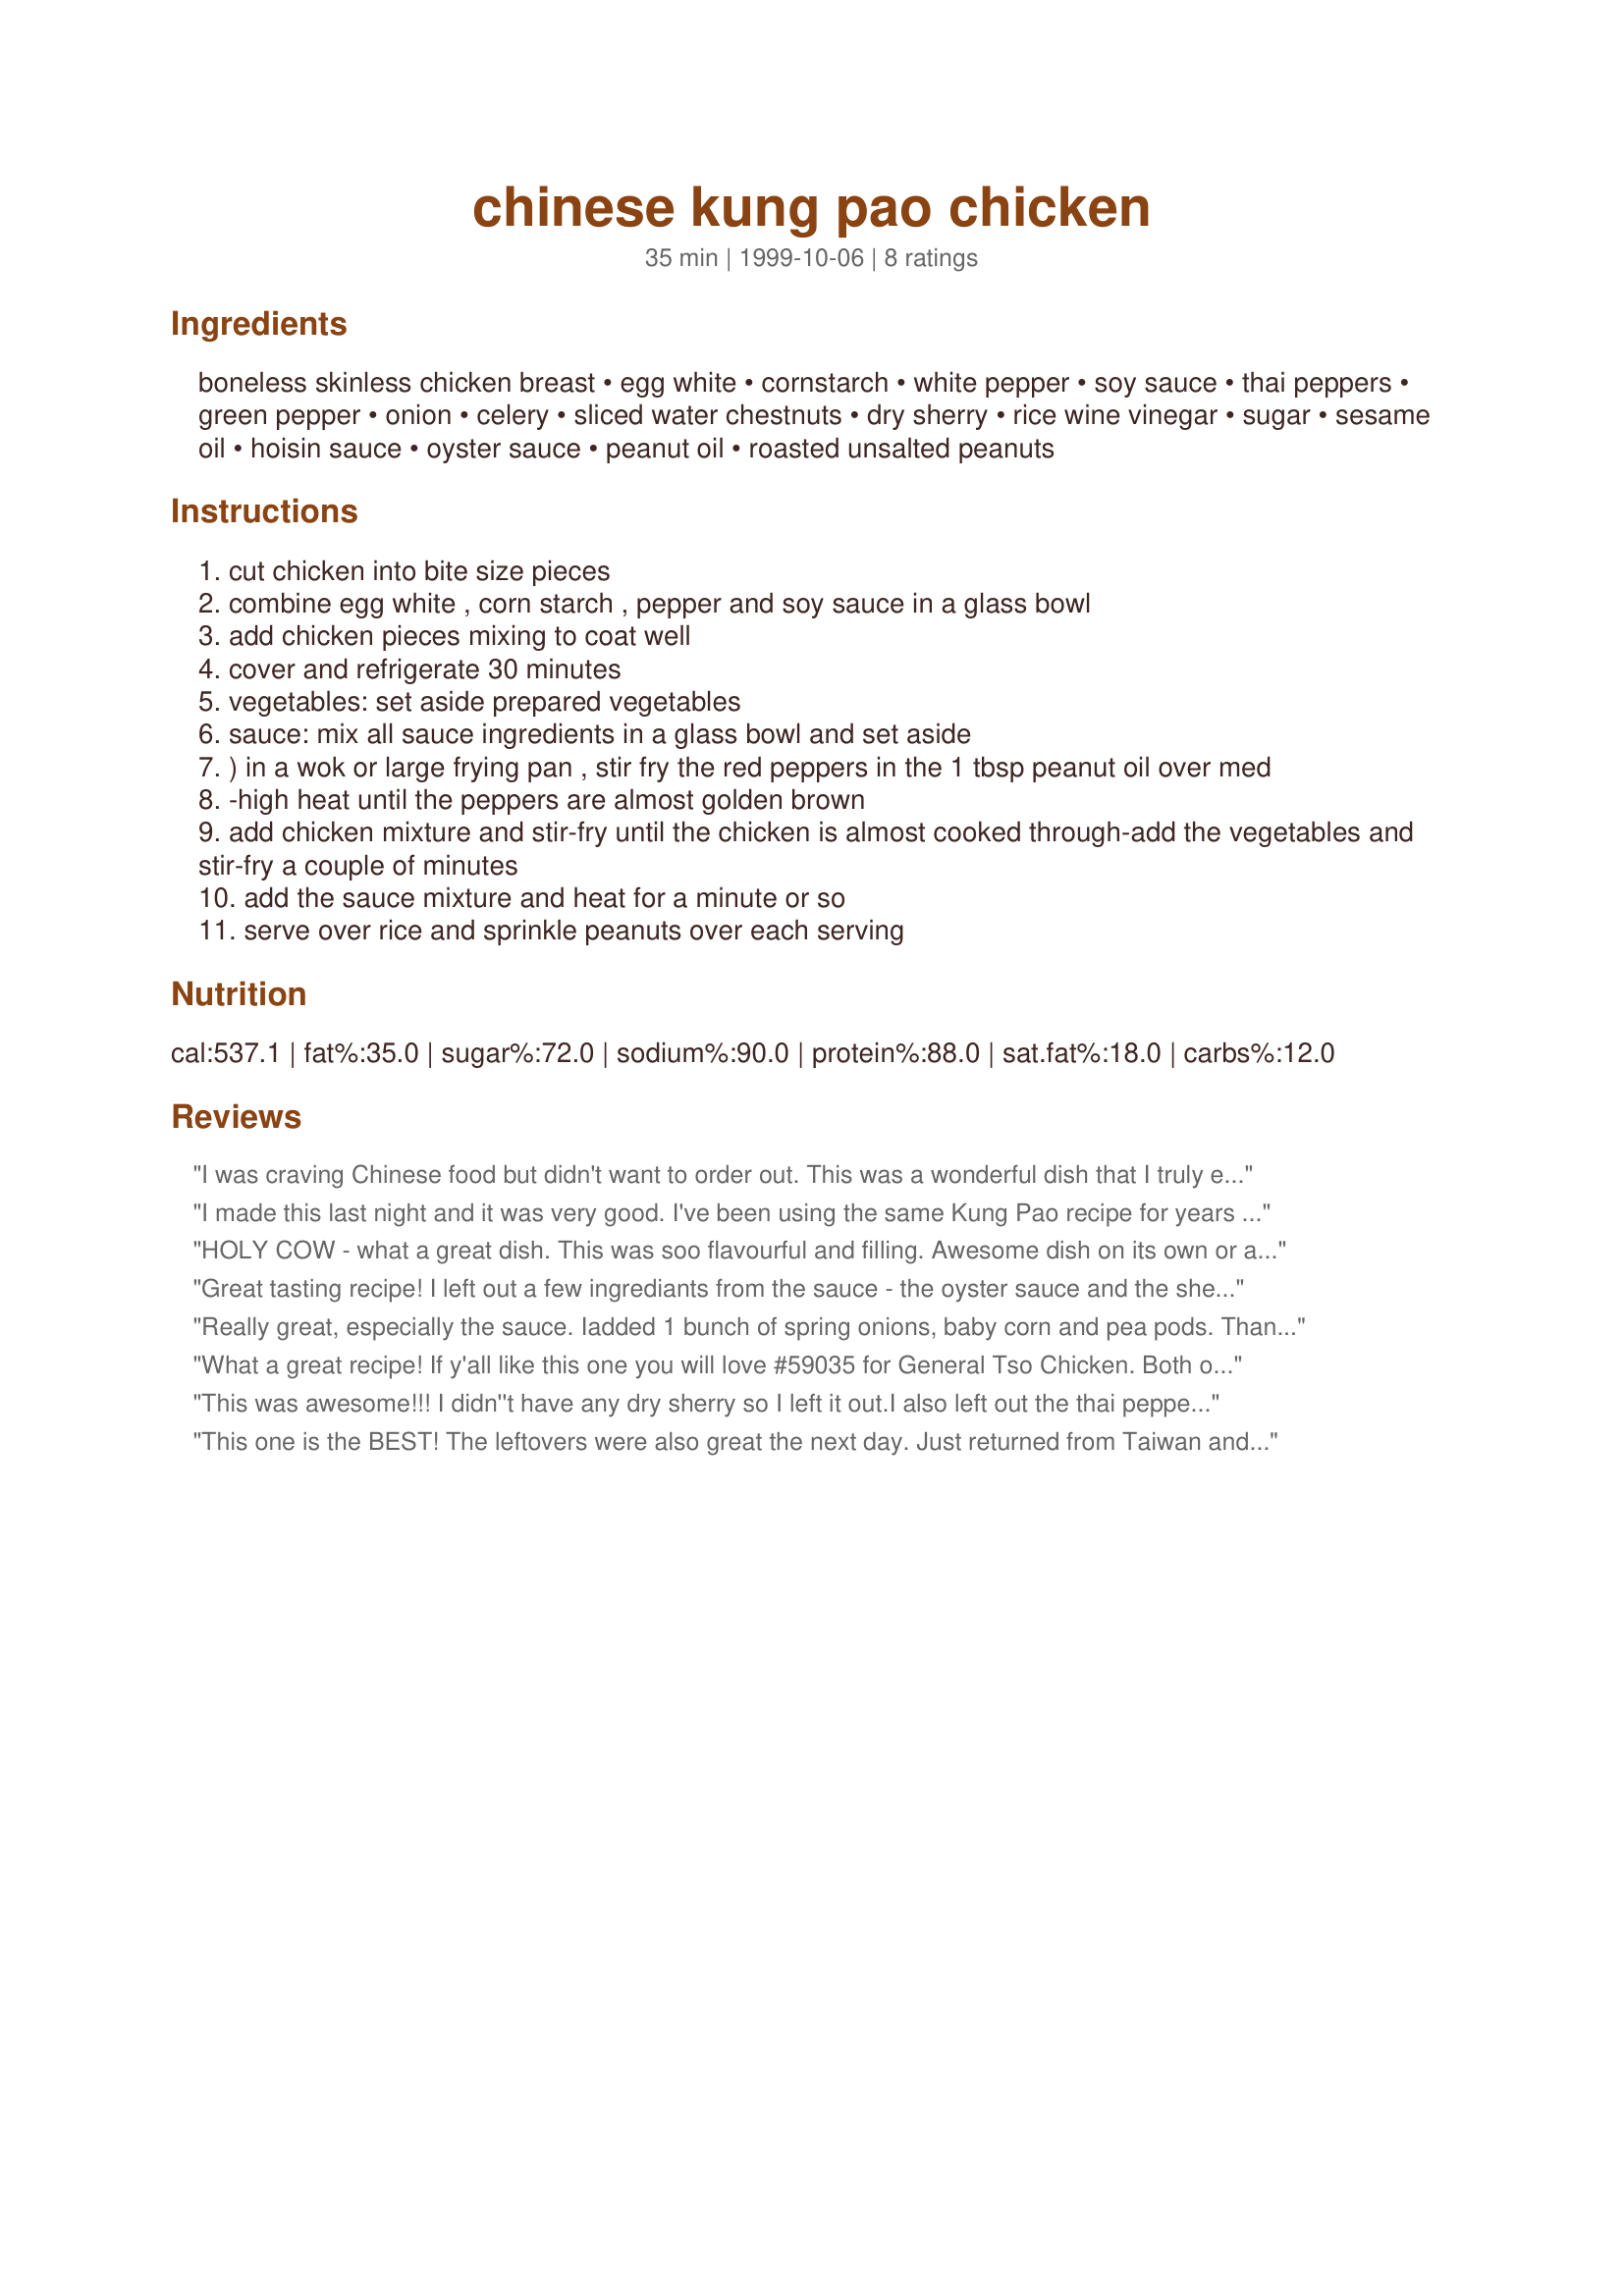
chinese kung pao chicken
Preparation time: 35 minutes

Ingredients:
boneless skinless chicken breast, egg white, cornstarch, white pepper, soy sauce, thai peppers, green pepper, onion, celery, sliced water chestnuts, dry sherry, rice wine vinegar, sugar, sesame oil, hoisin sauce, oyster sauce, peanut oil, roasted unsalted peanuts

Steps:
cut chicken into bite size pieces
combine egg white , corn starch , pepper and soy sauce in a glass bowl
add chicken pieces mixing to coat well
cover and refrigerate 30 minutes
vegetables: set aside prepared vegetables
sauce: mix all sauce ingredients in a glass bowl and set aside
) in a wok or large frying pan , stir fry the red peppers in the 1 tbsp peanut oil over med
-high heat until the peppers are almost golden brown
add chicken mixture and stir-fry until the chicken is almost cooked through-add the vegetables and stir-fry a couple of minutes
add the sauce mixture and heat for a minute or so
serve over rice and sprinkle peanuts over each serving

Reviews:
I was craving Chinese food but didn't want to order out. This was a wonderful dish that I truly enjoyed. Made along with recipe #38748 and some stir-fried asparagus and I was in heaven. Thanks Janic412 for a great keeper that I will make again! Made for ALL YOU CAN COOK BUFFET Special.
I made this last night and it was very good. I've been using the same Kung Pao recipe for years and this was a nice change. I didn't follow the recipe exactly though. I marinated the chicken as directed but I changed the veggies. Same amount but I added zucchini and left out the celery. I used a little less green pepper and a little more onion. I didn't have any hot peppers on hand so I left them out and made up for the volume with the zucchini. Today I found some fresh water chestnuts at the store and bought those. You have to peel them and they aren't nearly as cheap as the ones in a can but they are so much better. They are sweet and juicy and to me they taste almost exactly like jicama. Sort of a cross between a potato and an apple. I'll use these some time this weekend for another Chinese dish.

The veggies aren't really what a Kung Pao recipe is about anyway. It's about the sauce and the chiles. This is what attracted me to this recipe out of the many that are on this website. I doubled the amount. Otherwise I made it pretty much to spec but when I tasted it before adding to the dish it was way too strong for my tastes. I'm quite used to flavor-packed Asian dishes, especially Thai and Indian curries. But I've ordered this dish in restaurants many times and I thought the sauce was just too intense. So I thinned it a bit with some chicken stock and then added corn starch to help it thicken. I probably added 2/3 cup, give or take. It was still full of flavor and tasted about right. I also added some Thai chile garlic sauce to the sauce mix for more heat and chile flavor. This recipe usually has dried red chiles, (whole) added to the hot oil before adding the chicken and you cook until the chiles just start to brown. Leave them in for a dramatic effect but warn your guests that they aren't really good to eat. I suppose you can eat them but they're really just dry and nearly burned. 

 I used crushed red peppers,(out of whole dried peppers too) several cloves of garlic and 1 or 2 tablespoons of minced ginger to the oil before cooking the chicken. Adding ginger and garlic to the hot oil is pretty common with Chinese stir fried dishes and really adds great flavor to the meat. 

As I said, Kung Pao is mostly about the sauce and the chiles. I gave this 4 stars instead of 5 because I really think it needs to be diluted a bit to make it more authentic. Chicken stock is perfect for this but you'll want to add a little corn starch, maybe a couple of tablespoons, so that it will thicken when you cook it. Good stuff and I'll be making it again for sure. Thanks for posting the recipe.

Bruce
HOLY COW - what a great dish. This was soo flavourful and filling. Awesome dish on its own or as a side... Great Recipe
Great tasting recipe! I left out a few ingrediants from the sauce - the oyster sauce and the sherry and added a bit more hoi-sin and some spices but it tasted beautiful.

I skipped on the peppers because I didn't want it too hot, but added some softer spice. I'd recommend this!
Really great, especially the sauce. Iadded 1 bunch of spring onions, baby corn and pea pods. Thanks janic for the recipe
What a great recipe! If y'all like this one you will love #59035 for General Tso Chicken. Both of these taste like restaurant fare! I really liked the nutty flavor of this recipe; the peanuts added wonderful texture. I added some garlic as well. Thanks so much JANIC!
This was awesome!!! I didn''t have any dry sherry so I left it out.I also left out the thai peppers (I have small children) and sprinkled dry red pepper flakes on whom ever wanted at the table. I used onions, red pepper, mushrooms, carrot, brocolli and celery and served it over chinese noodles. YUM YUM YUM!!!
 I also added two cloves of garlic when stir frying my veggies.
This one is the BEST! The leftovers were also great the next day. Just returned from Taiwan and have been looking for some great Chinese recipes, I tried a couple other ones that were top rated and did not leave any stars or comments. They were just bland or nothing but nasty hot. The only change I made was the Thai peppers I used ten. Thanks for posting this recipe!
